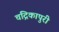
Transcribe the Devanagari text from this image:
चंद्रिकापुरी